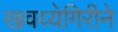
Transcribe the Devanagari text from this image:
खवय्येगिरीने